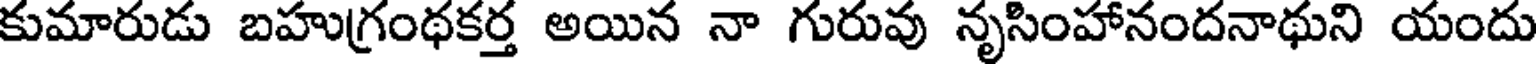
కుమారుడు బహుగ్రంథకర్త అయిన నా గురువు నృసింహానందనాథుని యందు